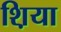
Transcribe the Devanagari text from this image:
श़िया